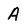
Character: A